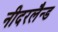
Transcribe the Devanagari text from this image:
नीदरलैन्ड